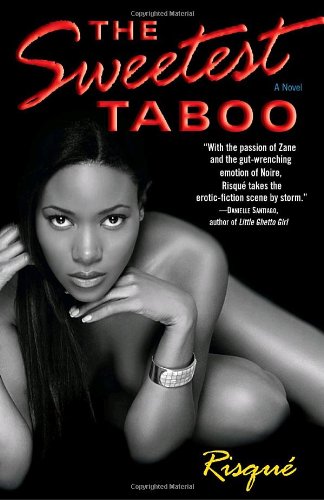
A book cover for The Sweetest Taboo: A Novel; RISQUE; Romance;